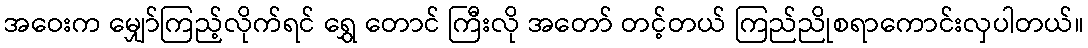
အဝေးက မျှော်ကြည့်လိုက်ရင် ရွှေ တောင် ကြီးလို အတော် တင့်တယ် ကြည်ညိုစရာကောင်းလှပါတယ်။